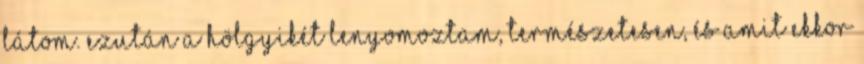
látom. Ezután a hölgyikét lenyomoztam, természetesen, és amit ekkor